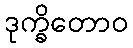
ဒုက္ခိတောဝ